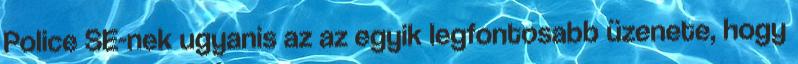
Police SE-nek ugyanis az az egyik legfontosabb üzenete, hogy